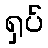
ရှပ်